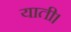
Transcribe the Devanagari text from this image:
याती।